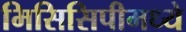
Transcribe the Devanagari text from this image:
मिसिसिपीमध्ये